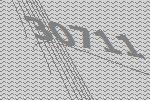
30711